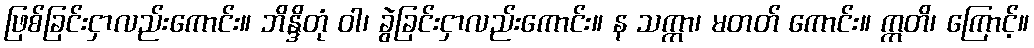
ဖြစ်ခြင်းငှာလည်းကောင်း။ ဘိန္ဒိတုံ ဝါ၊ ခွဲခြင်းငှာလည်းကောင်း။ န သက္ကာ၊ မတတ် ကောင်း။ ဣတိ၊ ကြောင့်။